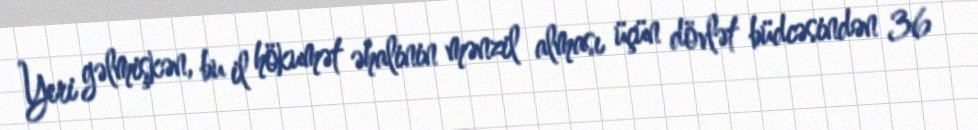
Yeri gəlmişkən, bu il hökumət əhalinin mənzil alması üçün dövlət büdcəsindən 36